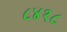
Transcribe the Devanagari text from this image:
८४१८